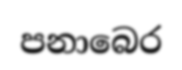
පනාබෙර